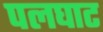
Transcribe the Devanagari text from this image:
पलघाट